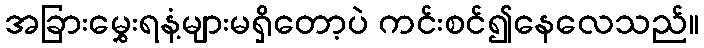
အခြားမွှေးရနံ့များမရှိတော့ပဲ ကင်းစင်၍နေလေသည်။